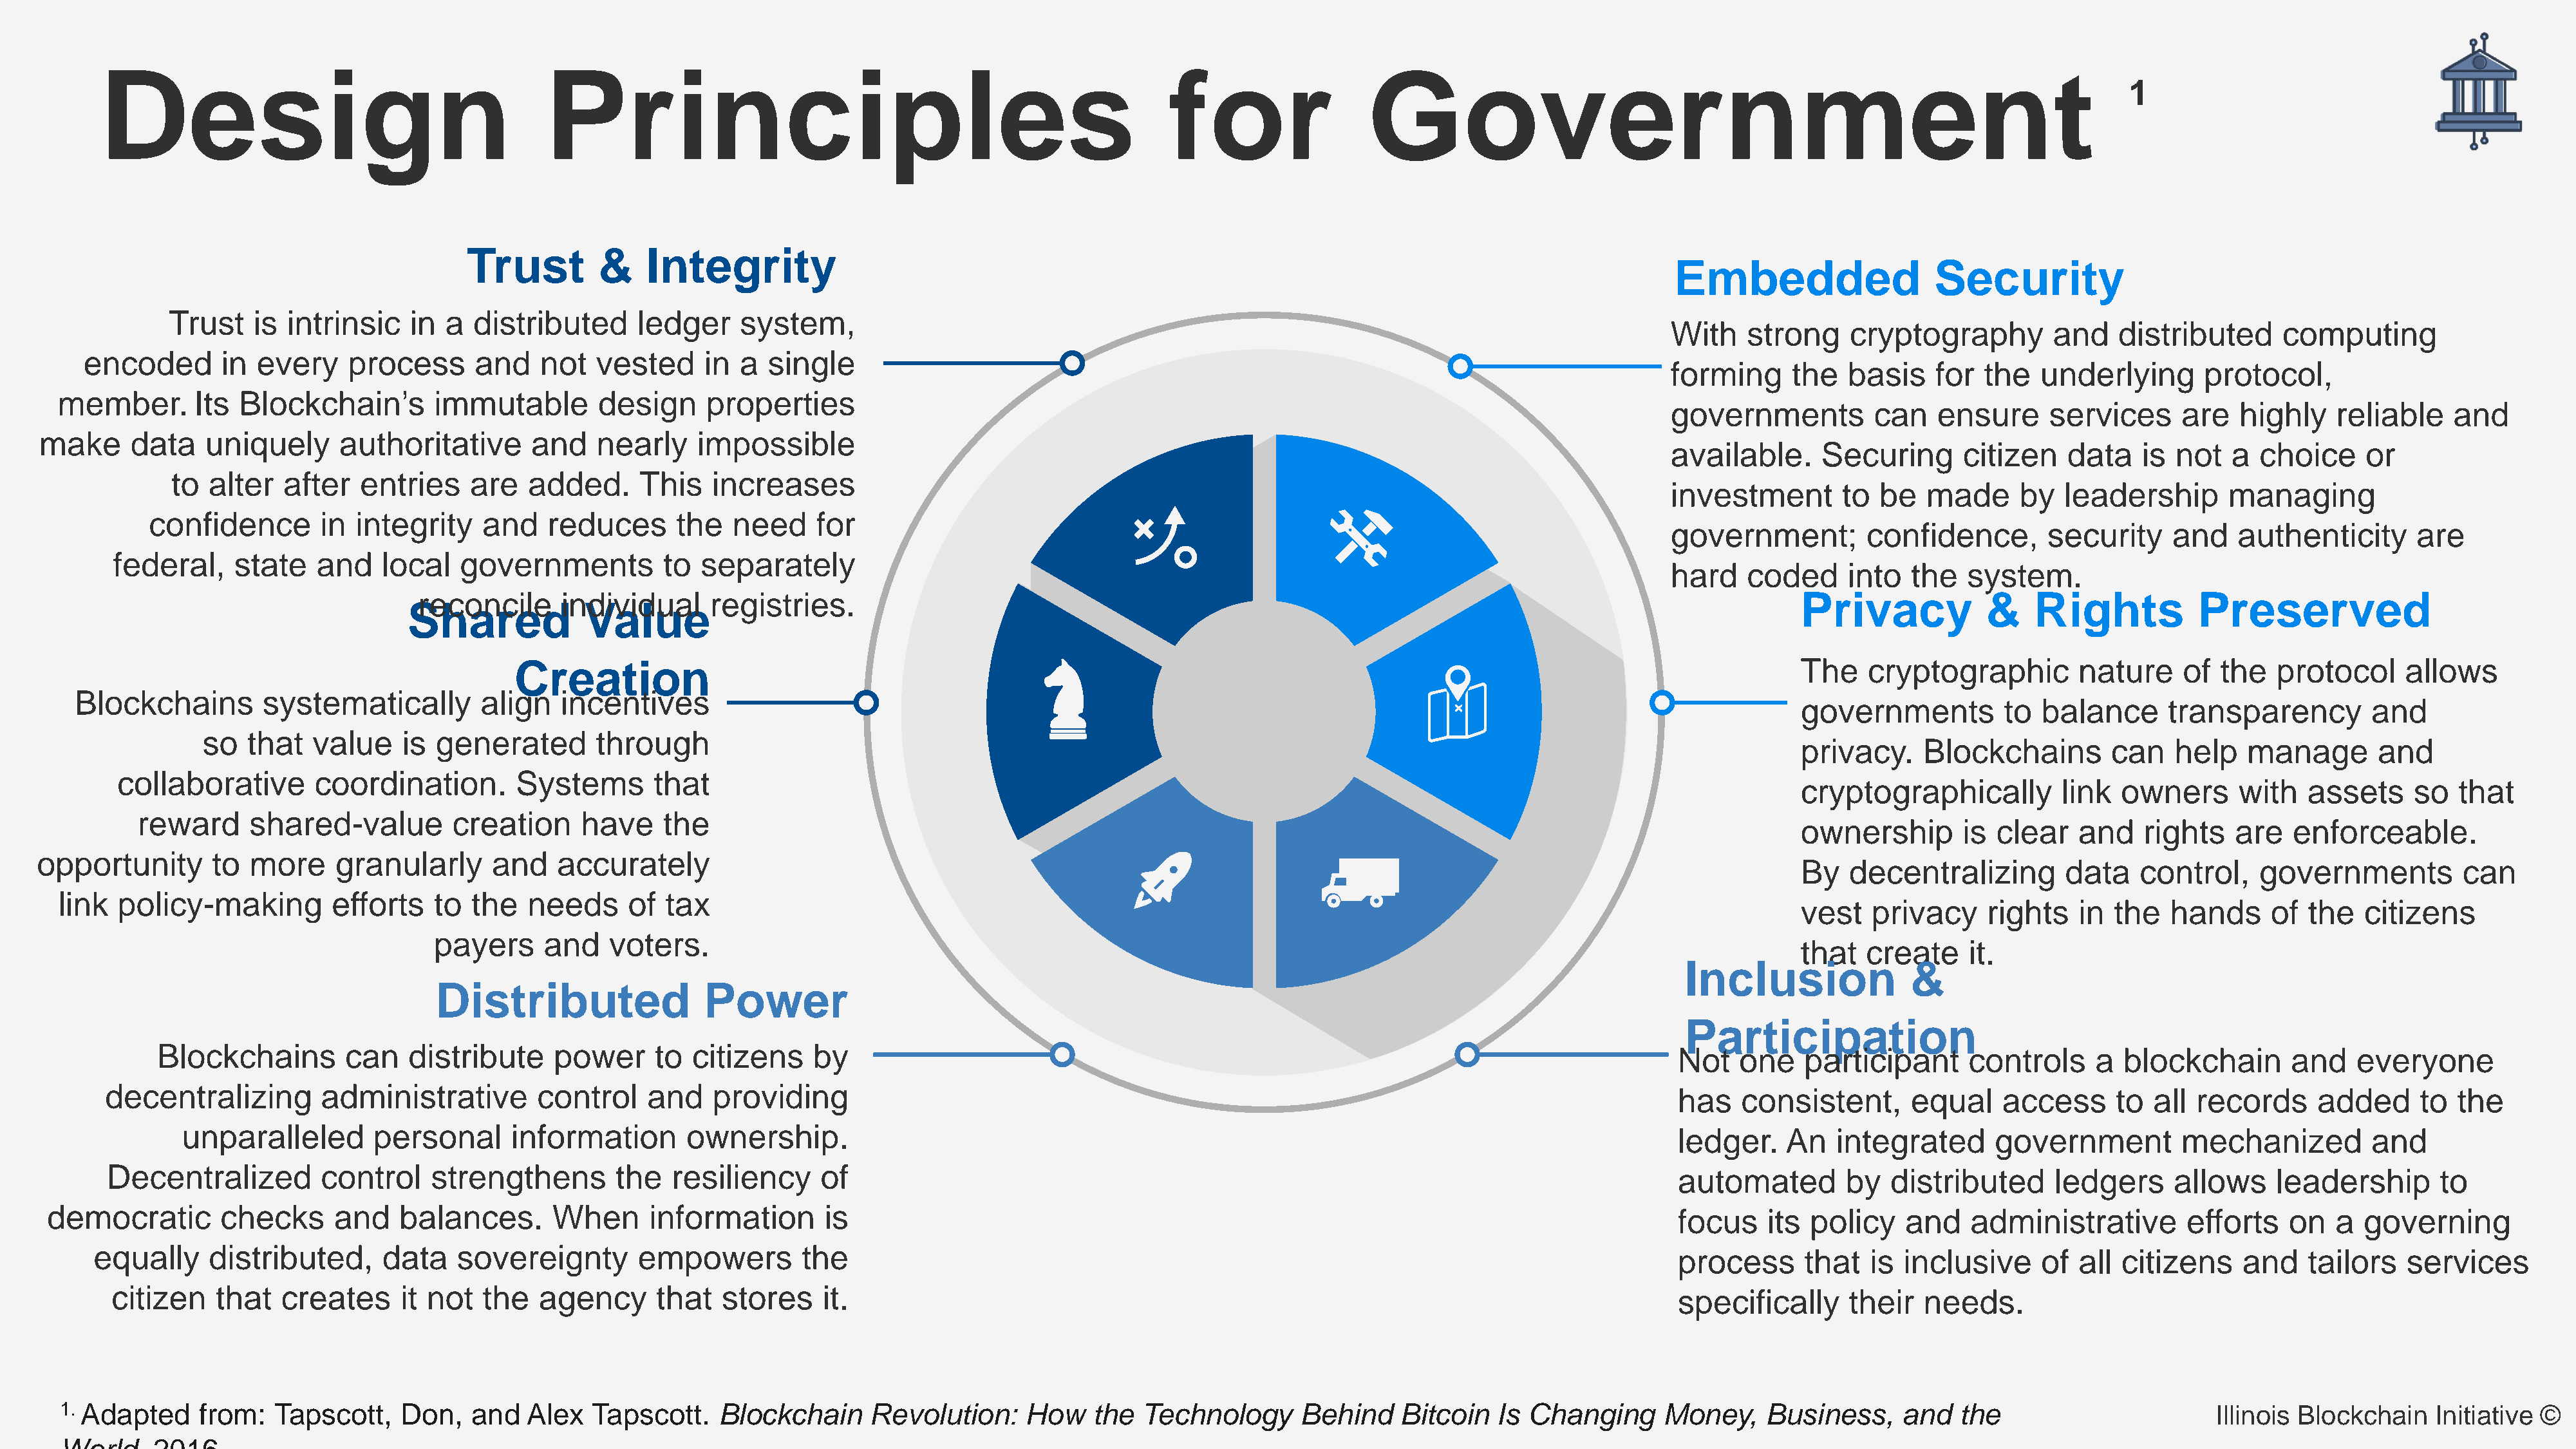
Design                                        Principles                                                      for                  Government                                                                    1
 Trust        &    Integrity
 Embedded                   Security
 Trust    is  intrinsic   in  a  distributed      ledger    system,
 With    strong    cryptography         and    distributed      computing
 encoded       in every     process      and    not  vested     in  a  single
 forming     the   basis    for  the   underlying       protocol,
 member.       Its  Blockchain’s        immutable       design      properties
 governments          can   ensure      services     are   highly    reliable    and
 make     data    uniquely      authoritative       and   nearly     impossible
 available.     Securing       citizen    data   is  not  a  choice     or
 to alter   after   entries    are   added.      This   increases
 investment       to  be   made      by  leadership       managing
 confidence        in  integrity    and   reduces       the  need     for
 government;         confidence,       security     and    authenticity      are
 federal,    state    and   local   governments          to  separately
 hard    coded     into  the   system.
 reconcile      individual     registries.                                                                                                     Privacy            &    Rights           Preserved
 Shared            Value
 Creation
 The    cryptographic         nature    of  the   protocol     allows
 Blockchains        systematically        align    incentives
 governments          to  balance      transparency         and
 so  that   value    is  generated       through
 privacy.     Blockchains        can    help   manage       and
 collaborative       coordination.        Systems       that
 cryptographically          link  owners      with   assets     so   that
 reward      shared-value        creation      have    the
 ownership        is clear    and   rights    are   enforceable.
 opportunity       to  more    granularly       and   accurately
 By   decentralizing        data    control,    governments          can
 link  policy-making         efforts    to the   needs      of tax
 vest   privacy     rights    in the   hands     of  the   citizens
 payers     and    voters.
 that   create    it.
 Inclusion              &
 Distributed                Power
 Participation
 Blockchains        can    distribute     power     to  citizens     by
 Not    one   participant      controls     a  blockchain        and   everyone
 decentralizing        administrative        control     and   providing
 has    consistent,      equal     access      to all  records     added      to  the
 unparalleled       personal       information       ownership.
 ledger.     An   integrated      government         mechanized          and
 Decentralized         control    strengthens        the   resiliency     of
 automated         by  distributed      ledgers     allows     leadership       to
 democratic        checks     and    balances.       When      information       is
 focus     its policy    and    administrative        efforts   on   a  governing
 equally    distributed,      data    sovereignty        empowers        the
 process      that   is  inclusive     of  all citizens     and   tailors   services
 citizen    that   creates     it not   the  agency      that   stores     it.
 specifically      their   needs.
 1. Adapted    from:   Tapscott,    Don,   and   Alex   Tapscott.    Blockchain     Revolution:     How    the  Technology       Behind    Bitcoin   Is Changing      Money,     Business,     and  the                        Illinois Blockchain   Initiative ©
 World     2016